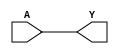
// BSD 3-Clause License
// 
// Copyright 2021 Lawrence T. Clark, Vinay Vashishtha, or Arizona State
// University
// 
// Redistribution and use in source and binary forms, with or without
// modification, are permitted provided that the following conditions are met:
// 
// 1. Redistributions of source code must retain the above copyright notice,
// this list of conditions and the following disclaimer.
// 
// 2. Redistributions in binary form must reproduce the above copyright
// notice, this list of conditions and the following disclaimer in the
// documentation and/or other materials provided with the distribution.
// 
// 3. Neither the name of the copyright holder nor the names of its
// contributors may be used to endorse or promote products derived from this
// software without specific prior written permission.
// 
// THIS SOFTWARE IS PROVIDED BY THE COPYRIGHT HOLDERS AND CONTRIBUTORS "AS IS"
// AND ANY EXPRESS OR IMPLIED WARRANTIES, INCLUDING, BUT NOT LIMITED TO, THE
// IMPLIED WARRANTIES OF MERCHANTABILITY AND FITNESS FOR A PARTICULAR PURPOSE
// ARE DISCLAIMED. IN NO EVENT SHALL THE COPYRIGHT HOLDER OR CONTRIBUTORS BE
// LIABLE FOR ANY DIRECT, INDIRECT, INCIDENTAL, SPECIAL, EXEMPLARY, OR
// CONSEQUENTIAL DAMAGES (INCLUDING, BUT NOT LIMITED TO, PROCUREMENT OF
// SUBSTITUTE GOODS OR SERVICES; LOSS OF USE, DATA, OR PROFITS; OR BUSINESS
// INTERRUPTION) HOWEVER CAUSED AND ON ANY THEORY OF LIABILITY, WHETHER IN
// CONTRACT, STRICT LIABILITY, OR TORT (INCLUDING NEGLIGENCE OR OTHERWISE)
// ARISING IN ANY WAY OUT OF THE USE OF THIS SOFTWARE, EVEN IF ADVISED OF THE
// POSSIBILITY OF SUCH DAMAGE.

// Verilog for library /home/anolas19/Liberate/Verilog/asap7sc6T_INVBUF_RVT_FF_210905 created by Liberate 18.1.0.293 on Thu Sep 16 23:50:24 MST 2021 for SDF version 2.1

// type:  
`timescale 1ns/10ps
`celldefine
module BUFx10_ASAP7_6t_R (Y, A);
	output Y;
	input A;

	// Function
	buf (Y, A);

	// Timing
	specify
		(A => Y) = 0;
	endspecify
endmodule
`endcelldefine

// type:  
`timescale 1ns/10ps
`celldefine
module BUFx12_ASAP7_6t_R (Y, A);
	output Y;
	input A;

	// Function
	buf (Y, A);

	// Timing
	specify
		(A => Y) = 0;
	endspecify
endmodule
`endcelldefine

// type:  
`timescale 1ns/10ps
`celldefine
module BUFx12q_ASAP7_6t_R (Y, A);
	output Y;
	input A;

	// Function
	buf (Y, A);

	// Timing
	specify
		(A => Y) = 0;
	endspecify
endmodule
`endcelldefine

// type:  
`timescale 1ns/10ps
`celldefine
module BUFx16q_ASAP7_6t_R (Y, A);
	output Y;
	input A;

	// Function
	buf (Y, A);

	// Timing
	specify
		(A => Y) = 0;
	endspecify
endmodule
`endcelldefine

// type:  
`timescale 1ns/10ps
`celldefine
module BUFx24_ASAP7_6t_R (Y, A);
	output Y;
	input A;

	// Function
	buf (Y, A);

	// Timing
	specify
		(A => Y) = 0;
	endspecify
endmodule
`endcelldefine

// type:  
`timescale 1ns/10ps
`celldefine
module BUFx2_ASAP7_6t_R (Y, A);
	output Y;
	input A;

	// Function
	buf (Y, A);

	// Timing
	specify
		(A => Y) = 0;
	endspecify
endmodule
`endcelldefine

// type:  
`timescale 1ns/10ps
`celldefine
module BUFx3_ASAP7_6t_R (Y, A);
	output Y;
	input A;

	// Function
	buf (Y, A);

	// Timing
	specify
		(A => Y) = 0;
	endspecify
endmodule
`endcelldefine

// type:  
`timescale 1ns/10ps
`celldefine
module BUFx4_ASAP7_6t_R (Y, A);
	output Y;
	input A;

	// Function
	buf (Y, A);

	// Timing
	specify
		(A => Y) = 0;
	endspecify
endmodule
`endcelldefine

// type:  
`timescale 1ns/10ps
`celldefine
module BUFx4q_ASAP7_6t_R (Y, A);
	output Y;
	input A;

	// Function
	buf (Y, A);

	// Timing
	specify
		(A => Y) = 0;
	endspecify
endmodule
`endcelldefine

// type:  
`timescale 1ns/10ps
`celldefine
module BUFx5_ASAP7_6t_R (Y, A);
	output Y;
	input A;

	// Function
	buf (Y, A);

	// Timing
	specify
		(A => Y) = 0;
	endspecify
endmodule
`endcelldefine

// type:  
`timescale 1ns/10ps
`celldefine
module BUFx6q_ASAP7_6t_R (Y, A);
	output Y;
	input A;

	// Function
	buf (Y, A);

	// Timing
	specify
		(A => Y) = 0;
	endspecify
endmodule
`endcelldefine

// type:  
`timescale 1ns/10ps
`celldefine
module BUFx8_ASAP7_6t_R (Y, A);
	output Y;
	input A;

	// Function
	buf (Y, A);

	// Timing
	specify
		(A => Y) = 0;
	endspecify
endmodule
`endcelldefine

// type:  
`timescale 1ns/10ps
`celldefine
module HB1x1_ASAP7_6t_R (Y, A);
	output Y;
	input A;

	// Function
	buf (Y, A);

	// Timing
	specify
		(A => Y) = 0;
	endspecify
endmodule
`endcelldefine

// type:  
`timescale 1ns/10ps
`celldefine
module HB2x1_ASAP7_6t_R (Y, A);
	output Y;
	input A;

	// Function
	buf (Y, A);

	// Timing
	specify
		(A => Y) = 0;
	endspecify
endmodule
`endcelldefine

// type:  
`timescale 1ns/10ps
`celldefine
module HB3x1_ASAP7_6t_R (Y, A);
	output Y;
	input A;

	// Function
	buf (Y, A);

	// Timing
	specify
		(A => Y) = 0;
	endspecify
endmodule
`endcelldefine

// type:  
`timescale 1ns/10ps
`celldefine
module HB4x1_ASAP7_6t_R (Y, A);
	output Y;
	input A;

	// Function
	buf (Y, A);

	// Timing
	specify
		(A => Y) = 0;
	endspecify
endmodule
`endcelldefine

// type:  
`timescale 1ns/10ps
`celldefine
module INVx11_ASAP7_6t_R (Y, A);
	output Y;
	input A;

	// Function
	not (Y, A);

	// Timing
	specify
		(A => Y) = 0;
	endspecify
endmodule
`endcelldefine

// type:  
`timescale 1ns/10ps
`celldefine
module INVx13_ASAP7_6t_R (Y, A);
	output Y;
	input A;

	// Function
	not (Y, A);

	// Timing
	specify
		(A => Y) = 0;
	endspecify
endmodule
`endcelldefine

// type:  
`timescale 1ns/10ps
`celldefine
module INVx1_ASAP7_6t_R (Y, A);
	output Y;
	input A;

	// Function
	not (Y, A);

	// Timing
	specify
		(A => Y) = 0;
	endspecify
endmodule
`endcelldefine

// type:  
`timescale 1ns/10ps
`celldefine
module INVx2_ASAP7_6t_R (Y, A);
	output Y;
	input A;

	// Function
	not (Y, A);

	// Timing
	specify
		(A => Y) = 0;
	endspecify
endmodule
`endcelldefine

// type:  
`timescale 1ns/10ps
`celldefine
module INVx3_ASAP7_6t_R (Y, A);
	output Y;
	input A;

	// Function
	not (Y, A);

	// Timing
	specify
		(A => Y) = 0;
	endspecify
endmodule
`endcelldefine

// type:  
`timescale 1ns/10ps
`celldefine
module INVx4_ASAP7_6t_R (Y, A);
	output Y;
	input A;

	// Function
	not (Y, A);

	// Timing
	specify
		(A => Y) = 0;
	endspecify
endmodule
`endcelldefine

// type:  
`timescale 1ns/10ps
`celldefine
module INVx5_ASAP7_6t_R (Y, A);
	output Y;
	input A;

	// Function
	not (Y, A);

	// Timing
	specify
		(A => Y) = 0;
	endspecify
endmodule
`endcelldefine

// type:  
`timescale 1ns/10ps
`celldefine
module INVx6_ASAP7_6t_R (Y, A);
	output Y;
	input A;

	// Function
	not (Y, A);

	// Timing
	specify
		(A => Y) = 0;
	endspecify
endmodule
`endcelldefine

// type:  
`timescale 1ns/10ps
`celldefine
module INVx8_ASAP7_6t_R (Y, A);
	output Y;
	input A;

	// Function
	not (Y, A);

	// Timing
	specify
		(A => Y) = 0;
	endspecify
endmodule
`endcelldefine

// type:  
`timescale 1ns/10ps
`celldefine
module INVxp5_ASAP7_6t_R (Y, A);
	output Y;
	input A;

	// Function
	not (Y, A);

	// Timing
	specify
		(A => Y) = 0;
	endspecify
endmodule
`endcelldefine